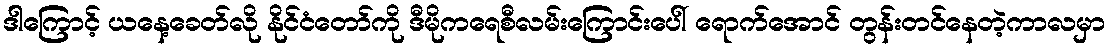
ဒါကြောင့် ယနေ့ခေတ်လို နိုင်ငံတော်ကို ဒီမိုကရေစီလမ်းကြောင်းပေါ် ရောက်အောင် တွန်းတင်နေတဲ့ကာလမှာ